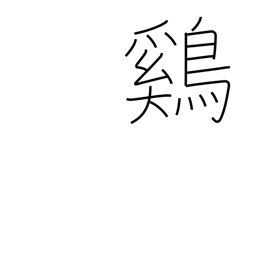
Meaning: chicken